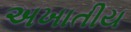
અખાતીય